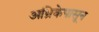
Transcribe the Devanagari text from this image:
अभ्रिकेपासून